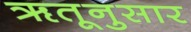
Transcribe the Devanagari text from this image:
ॠतूनुसार